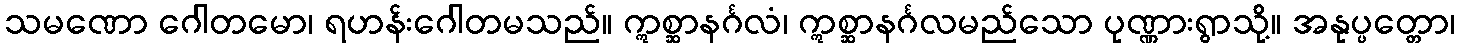
သမဏော ဂေါတမော၊ ရဟန်းဂေါတမသည်။ ဣစ္ဆာနင်္ဂလံ၊ ဣစ္ဆာနင်္ဂလမည်သော ပုဏ္ဏားရွာသို့။ အနုပ္ပတ္တော၊